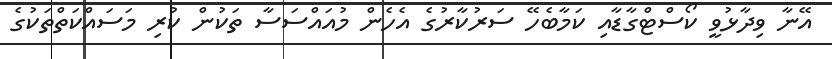
އޭނާ ވިދާޅުވީ ކޯސްޓްގާޑާއި ކަމާބެހޭ ސަރުކާރުގެ އެހެން މުއައްސަސާ ތަކުން ކުރި މަސައްކަތްތަކުގެ